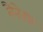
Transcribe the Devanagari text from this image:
वैनेडस